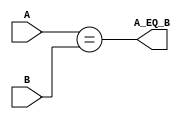
module comparator(
	input [7:0] A,
	input [7:0] B,
	output A_EQ_B
);

assign A_EQ_B = (A == B);

endmodule

module redundant_comparator(
	input [7:0] A,
	input [7:0] B,
	output A_EQ_B,
	output error
);

wire EQ1;
wire EQ2;

comparator comp1 (
	.A(A),
	.B(B),
	.A_EQ_B(EQ1)
	);

comparator comp2 (
	.A(A),
	.B(B),
	.A_EQ_B(EQ2)
	);

assign A_EQ_B = (EQ1 && EQ2);
assign error = (EQ1 != EQ2);

endmodule